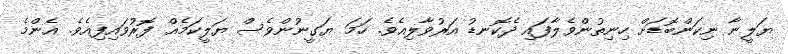
ޔަލީނާ ނިކަންބޮޑަށް ހިނިތުންވެލާފައި ދެކޮނޑު އަރުވާލިއެވެ. ހަމަ ޔަގީނުންވެސް ޔަލީކަމެއް ފޮރުވައިފިއެވެ. އެންމެ